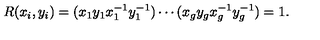
R ( x _ { i } , y _ { i } ) = ( x _ { 1 } y _ { 1 } x _ { 1 } ^ { - 1 } y _ { 1 } ^ { - 1 } ) \cdots ( x _ { g } y _ { g } x _ { g } ^ { - 1 } y _ { g } ^ { - 1 } ) = 1 .